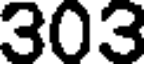
303